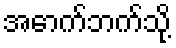
အောက်ဘက်သို့